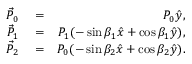
\begin{array} { r l r } { \vec { P } _ { 0 } } & { { } = } & { P _ { 0 } \hat { y } , } \\ { \vec { P } _ { 1 } } & { { } = } & { P _ { 1 } ( - \sin \beta _ { 1 } \hat { x } + \cos \beta _ { 1 } \hat { y } ) , } \\ { \vec { P } _ { 2 } } & { { } = } & { P _ { 0 } ( - \sin \beta _ { 2 } \hat { x } + \cos \beta _ { 2 } \hat { y } ) . } \end{array}